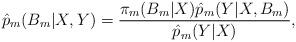
LaTeX: \begin{align*} \hat{p}_m(B_m|X,Y)= \frac{\pi_m(B_m|X)\hat{p}_m(Y|X,B_m)}{\hat{p}_m(Y|X)},\end{align*}